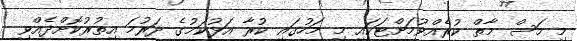
މި މަސް މާތް ކުރެއްވުމަށްޓަކައި މި މަހުގައި ކުރާ އަޅުކަމުގެ ދަރުމަ އިތުރުކޮށްދެއްވި